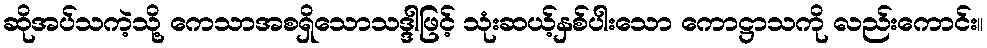
ဆိုအပ်သကဲ့သို့ ကေသာအစရှိသောသဒ္ဒါဖြင့် သုံးဆယ့်နှစ်ပါးသော ကောဋ္ဌာသကို လည်းကောင်း။